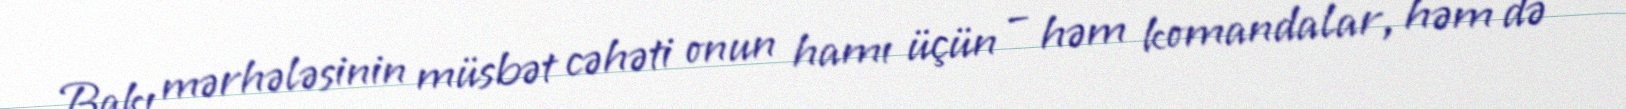
Bakı mərhələsinin müsbət cəhəti onun hamı üçün – həm komandalar, həm də